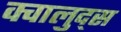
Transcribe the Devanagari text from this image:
क्वालुद्स